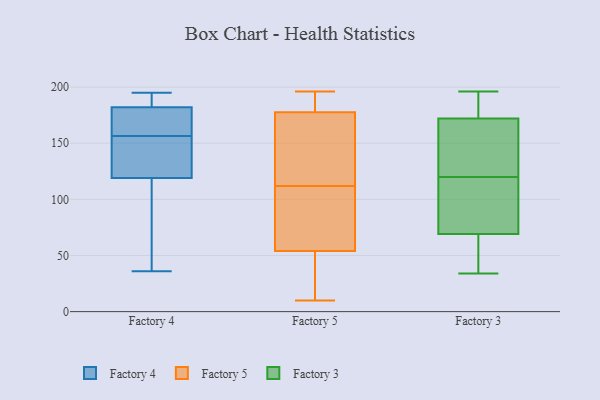
{"axis": {"x": "Headcount", "y": "Value"}, "legend": ["Factory 3", "Factory 4", "Factory 5"], "data": [{"x": "", "y": 155, "type": "Factory 4"}, {"x": "", "y": 178, "type": "Factory 4"}, {"x": "", "y": 36, "type": "Factory 4"}, {"x": "", "y": 182, "type": "Factory 4"}, {"x": "", "y": 37, "type": "Factory 4"}, {"x": "", "y": 158, "type": "Factory 4"}, {"x": "", "y": 191, "type": "Factory 4"}, {"x": "", "y": 119, "type": "Factory 4"}, {"x": "", "y": 195, "type": "Factory 4"}, {"x": "", "y": 123, "type": "Factory 4"}, {"x": "", "y": 107, "type": "Factory 5"}, {"x": "", "y": 182, "type": "Factory 5"}, {"x": "", "y": 71, "type": "Factory 5"}, {"x": "", "y": 95, "type": "Factory 5"}, {"x": "", "y": 34, "type": "Factory 5"}, {"x": "", "y": 67, "type": "Factory 5"}, {"x": "", "y": 10, "type": "Factory 5"}, {"x": "", "y": 41, "type": "Factory 5"}, {"x": "", "y": 179, "type": "Factory 5"}, {"x": "", "y": 175, "type": "Factory 5"}, {"x": "", "y": 190, "type": "Factory 5"}, {"x": "", "y": 12, "type": "Factory 5"}, {"x": "", "y": 176, "type": "Factory 5"}, {"x": "", "y": 117, "type": "Factory 5"}, {"x": "", "y": 167, "type": "Factory 5"}, {"x": "", "y": 127, "type": "Factory 5"}, {"x": "", "y": 192, "type": "Factory 5"}, {"x": "", "y": 102, "type": "Factory 5"}, {"x": "", "y": 10, "type": "Factory 5"}, {"x": "", "y": 196, "type": "Factory 5"}, {"x": "", "y": 196, "type": "Factory 3"}, {"x": "", "y": 73, "type": "Factory 3"}, {"x": "", "y": 179, "type": "Factory 3"}, {"x": "", "y": 182, "type": "Factory 3"}, {"x": "", "y": 120, "type": "Factory 3"}, {"x": "", "y": 151, "type": "Factory 3"}, {"x": "", "y": 122, "type": "Factory 3"}, {"x": "", "y": 34, "type": "Factory 3"}, {"x": "", "y": 68, "type": "Factory 3"}, {"x": "", "y": 119, "type": "Factory 3"}, {"x": "", "y": 58, "type": "Factory 3"}]}